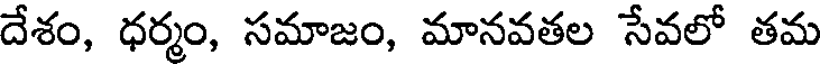
దేశం, ధర్మం, సమాజం, మానవతల సేవలో తమ